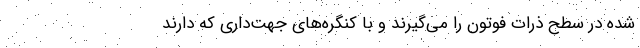
شده در سطح ذرات فوتون را می‌گیرند و با کنگره‌های جهت‌داری که دارند